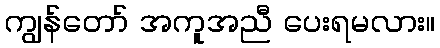
ကျွန်တော် အကူအညီ ပေးရမလား။